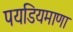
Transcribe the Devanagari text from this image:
पयडियमाणा